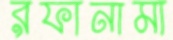
রফানামা